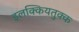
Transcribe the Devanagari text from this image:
इलक्कियतुक्क